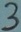
Text: 3